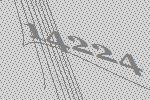
14224